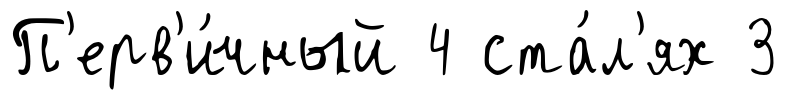
П'ерв'и́чный 4 ста́л'ях 3